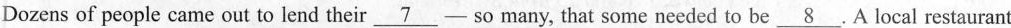
Dozens of people came out to lend their\underline{7}— so many, that some needed to be\underline{8}.A local restaurant